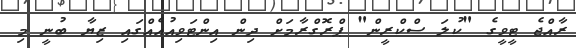
ރާއްޖެ ޓީވީގެ "ކުލަ ސްކްރީން" ޕްރޮގްރާމަށް ދިން އިންޓަވިއުއެއްގައި ޒިޔާ ބުނީ މި